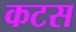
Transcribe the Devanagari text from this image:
कटस